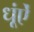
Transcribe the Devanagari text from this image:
धूंऐं